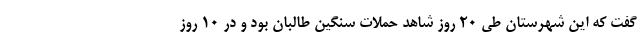
گفت که این شهرستان طی ۲۰ روز شاهد حملات سنگین طالبان بود و در ۱۰ روز